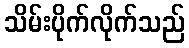
သိမ်းပိုက်လိုက်သည်